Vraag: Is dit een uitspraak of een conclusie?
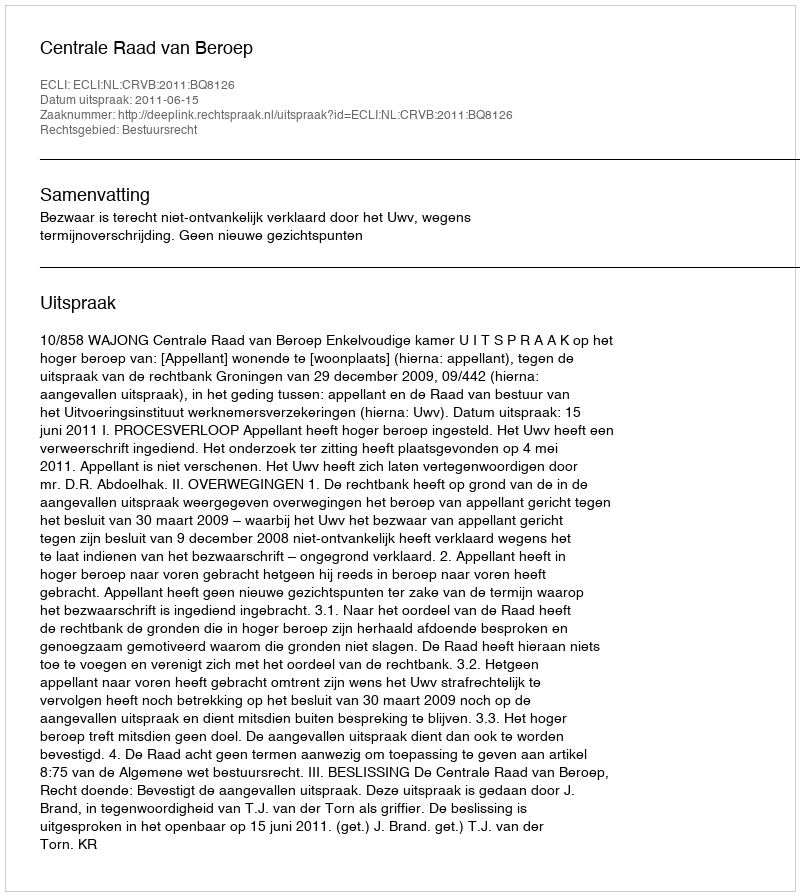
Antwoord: Uitspraak